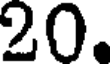
20.